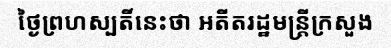
ថ្ងៃព្រហស្បតិ៍នេះថា អតីតរដ្ឋមន្ត្រីក្រសួង